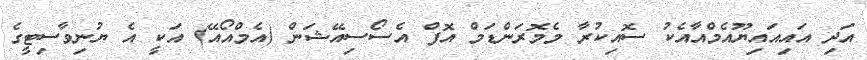
އަދި އައިއައިޔޫއެމްއާއެކު ސޮއިކުރާ މެމޮރަންޑަމް އޮފް އެސޯސިއޭޝަން (އެމްއޯއޭ) އަކީ އެ ޔުނިވާސިޓީގެ